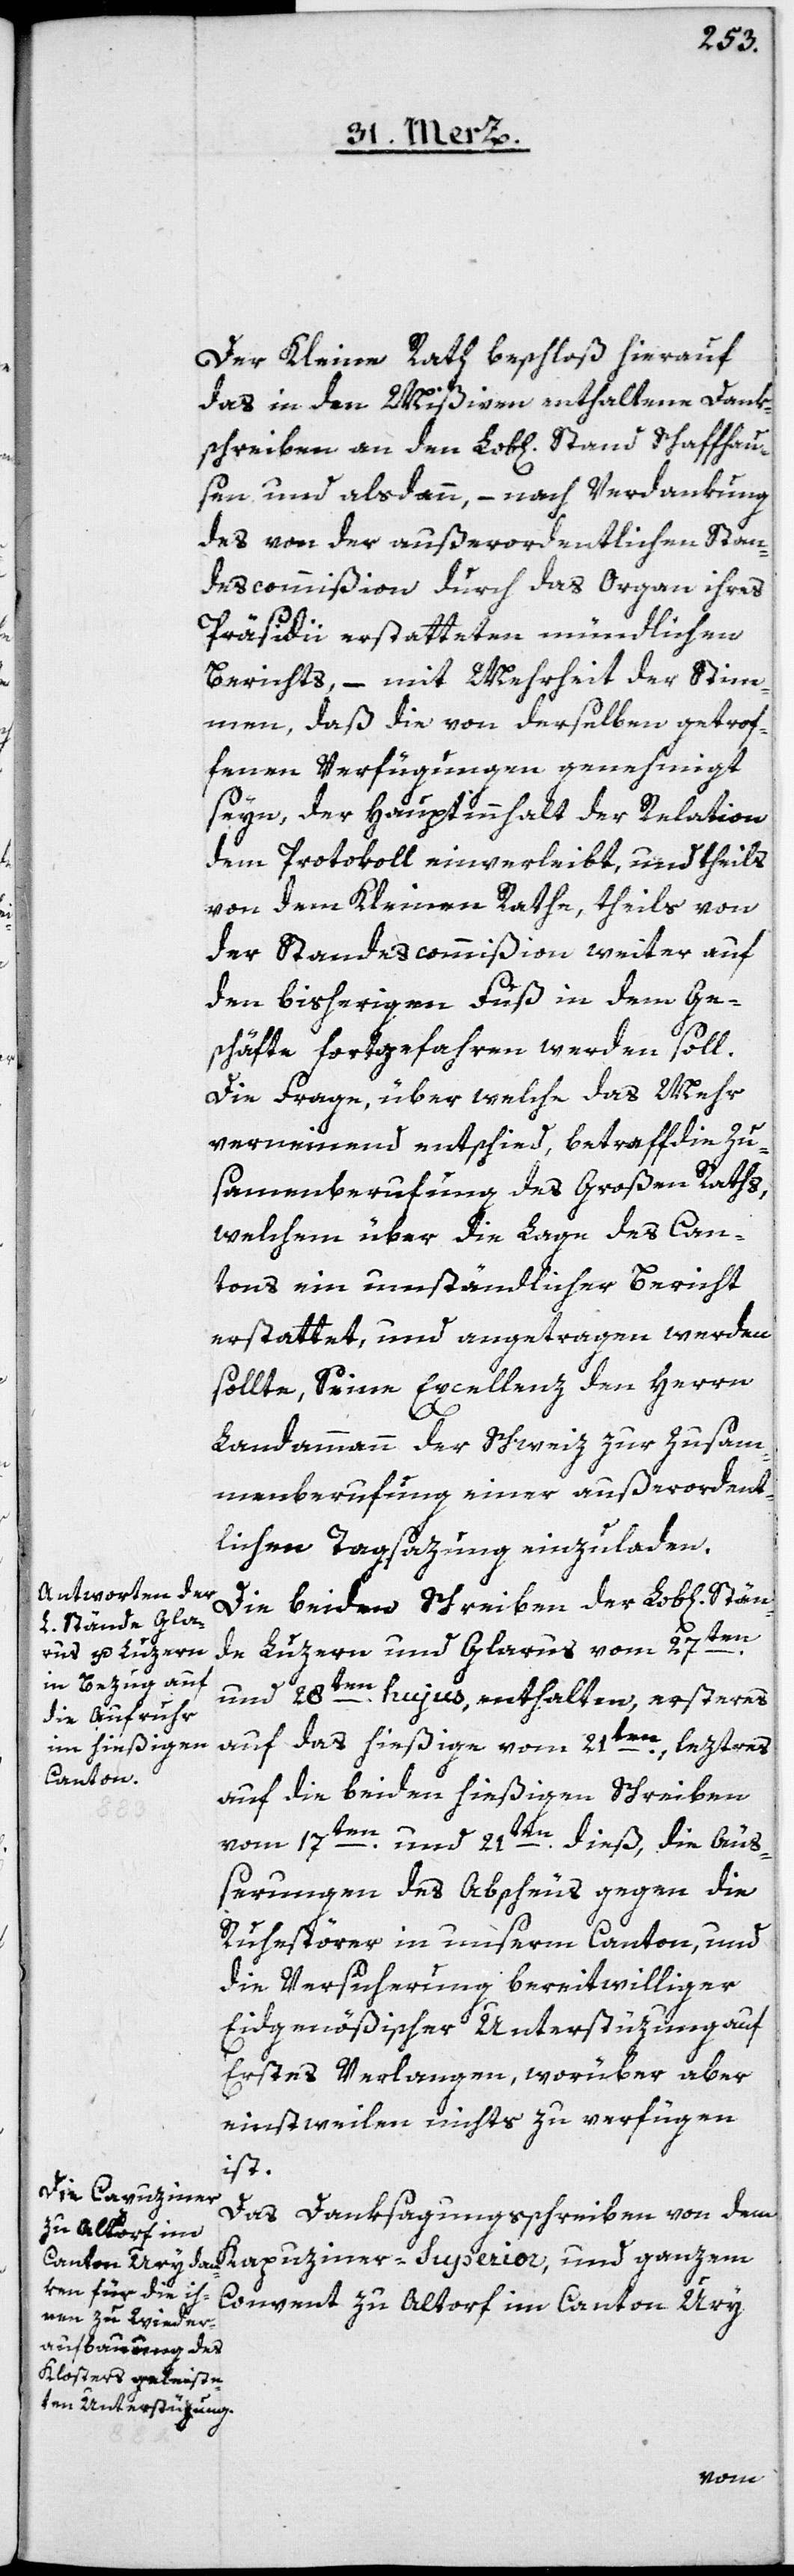
Kleine Rath beschloß hierauf
das in den Mißiven enthaltene Dank¬
schreiben an den Lob[lichen] Stand Schaffhau¬
sen und alsdann, – nach Verdankung
des von der außerordentlichen Stan¬
descommißion durch das Organ ihres
Präsidii erstatteten mündlichen
Berichts, – mit Mehrheit der Stim¬
men, daß die von derselben getrof¬
fenen Verfügungen genehmigt
seyen, der Hauptinnhalt der Relation
dem Protokoll einverleibt, und theils
von dem Kleinen Rathe, theils von
der Standescommißion weiter auf
den bisherigen Fuß in dem Ge¬
schäfte fortgefahren werden soll.
Die Frage, über welche das Mehr
verneinend entschied, betreff die Zu¬
samenberufung des Großen Raths,
welchem über die Lage des Can¬
tons ein umständlicher Bericht
erstattet und angetragen werden
sollte, Seine Excellenz den Herrn
Landammann der Schweiz zur Zusam¬
menberufung einer außerordent¬
lichen Tagsazung einzuladen.
Die beiden Schreiben der Lob[lichen]
de Luzern und Glarus vom 27ten
und 28ten hujus, enthalten, ersteres
auf das Hiesige vom 21ten, lezteres
auf die beiden hießigen Schreiben
vom 17ten und 21ten dieß, die Äuß¬
erungen des Abscheus gegen die
Ruhestörer in unserm Canton, und
die Versicherung bereitwilliger
Eidgenößischer Unterstüzung auf
Erstes Verlangen, worüber aber
einstweilen nichts zu verfügen
ist.
Das Danksagungsschreiben von dem
Convent zu Altdorf im Canton Ury
Stän¬